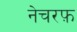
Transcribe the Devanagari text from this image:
नेचरफ़